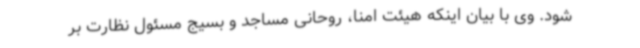
شود. وی با بیان اینکه هیئت امنا، روحانی مساجد و بسیج مسئول نظارت بر